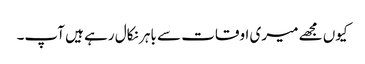
کیوں مجھے میری اوقات سے باہر نکال رہے ہیں آپ۔